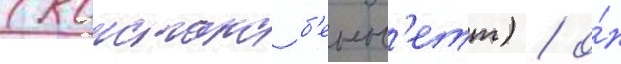
(констанс б'енн'етт) / о́н